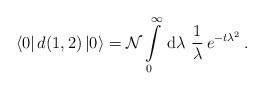
LaTeX: \begin{align*}\langle 0 | \,d(1,2) \, | 0\rangle = {\cal N} \int\limits_0^\infty \, {\rm d} \lambda \,\, \frac{1}{\lambda}\, e^{-t\lambda^2}\,.\end{align*}